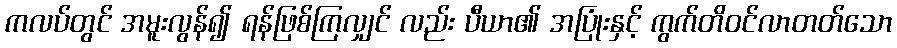
ကလပ်တွင် အမူးလွန်၍ ရန်ဖြစ်ကြလျှင် လည်း ပီယာ၏ အပြုံးနှင့် ကွက်တိဝင်လာတတ်သော